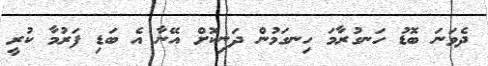
ދެވަނަ ބޮޑު ހަނގުރާމަ ހިނގަމުން ދަނިކޮށް އޭނާ އެ ބަޑި ފަރުމާ ކުރީ